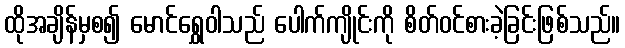
ထိုအချိန်မှစ၍ မောင်ရွှေဝါသည် ပေါက်ကျိုင်းကို စိတ်ဝင်စားခဲ့ခြင်းဖြစ်သည်။